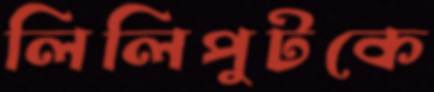
লিলিপুটকে